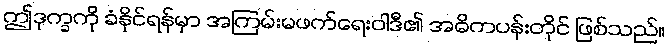
ဤဒုက္ခကို ခံနိုင်ရန်မှာ အကြမ်းမဖက်ရေးဝါဒီ၏ အဓိကပန်းတိုင် ဖြစ်သည်။